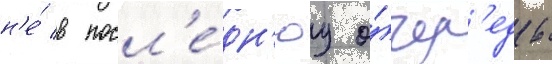
н'е́ в посл'е́дн'юу о́чер'едь